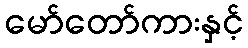
မော်တော်ကားနှင့်